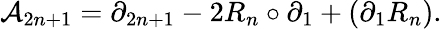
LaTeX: {\cal A}_{2n+1}=\partial_{2n+1}-2R_{n}\circ\partial_{1}+(\partial_{1}R_{n}).